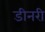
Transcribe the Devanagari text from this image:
डीनरी